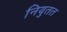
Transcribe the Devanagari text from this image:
नियुतत